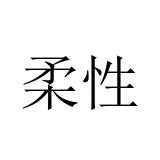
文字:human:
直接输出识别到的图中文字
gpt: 柔性